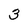
Character: 3